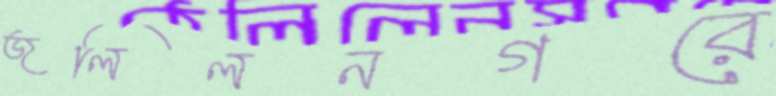
জলিলনগরে